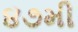
૪૭મી